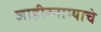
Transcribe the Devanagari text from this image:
जाहीरनाम्याचे